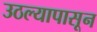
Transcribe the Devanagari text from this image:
उठल्यापासून